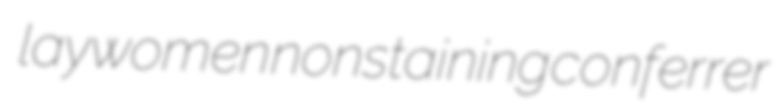
laywomen nonstaining conferrer